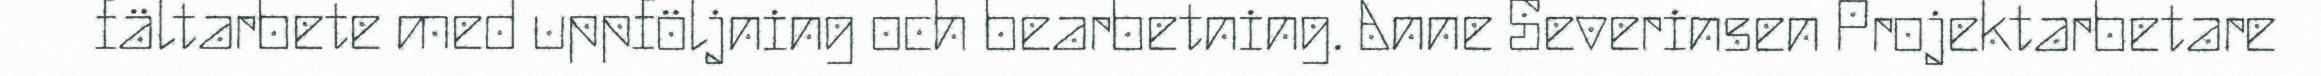
fältarbete med uppföljning och bearbetning. Anne Severinsen Projektarbetare